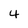
Character: 4